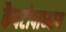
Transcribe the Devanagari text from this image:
कैपटोपाध्याय